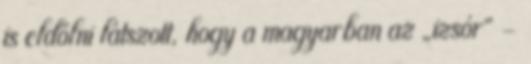
is eldőlni látszott, hogy a magyarban az „izsór” –